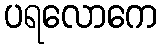
ပရလောကေ